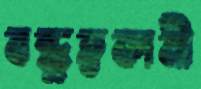
বন্ধুত্বকামী